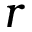
r